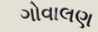
ગોવાલણ